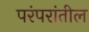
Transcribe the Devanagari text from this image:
परंपरांतील